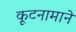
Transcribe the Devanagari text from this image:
कूटनामाने